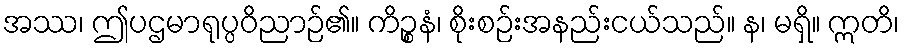
အဿ၊ ဤပဌမာရုပ္ပဝိညာဉ်၏။ ကိဉ္စနံ၊ စိုးစဉ်းအနည်းငယ်သည်။ န၊ မရှိ။ ဣတိ၊